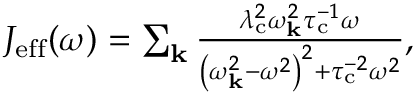
\begin{array} { r } { J _ { \mathrm { e f f } } ( \omega ) = \sum _ { \mathbf { k } } \frac { \lambda _ { \mathrm { c } } ^ { 2 } \omega _ { \mathbf { k } } ^ { 2 } \tau _ { \mathrm { c } } ^ { - 1 } \omega } { \left( \omega _ { \mathbf { k } } ^ { 2 } - \omega ^ { 2 } \right) ^ { 2 } + \tau _ { \mathrm { c } } ^ { - 2 } \omega ^ { 2 } } , } \end{array}